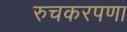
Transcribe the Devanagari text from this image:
रुचकरपणा